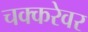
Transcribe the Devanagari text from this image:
चक्करेवर